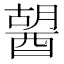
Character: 𨡷